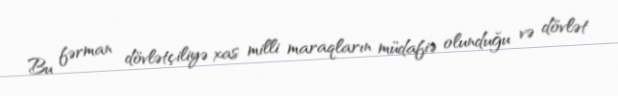
Bu fərman dövlətçiliyə xas milli maraqların müdafiə olunduğu və dövlət